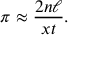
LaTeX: \pi \approx { \frac { 2 n \ell } { x t } } .